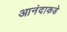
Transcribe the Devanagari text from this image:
आनंदाकडे